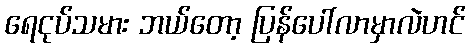
ရေငုပ်သမား ဘယ်တော့ ပြန်ပေါ်လာမှာလဲဟင်